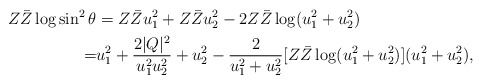
\begin{align*}Z\bar Z\log\sin^2\theta & = Z\bar Zu_1^2 + Z\bar Zu_2^2 - 2Z\bar Z\log(u_1^2+u_2^2)\\ = & u_1^2 + \frac{2|Q|^2}{u_1^2u_2^2} + u_2^2 - \frac{2}{u_1^2+u_2^2}[Z\bar Z\log (u_1^2+u_2^2)](u_1^2+u_2^2),\end{align*}